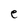
Character: e